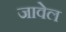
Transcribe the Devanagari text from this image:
जावेल